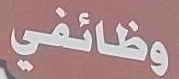
وظائفي